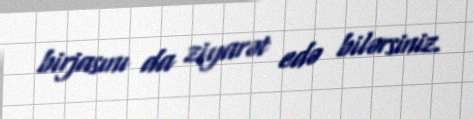
birjasını da ziyarət edə bilərsiniz.